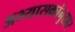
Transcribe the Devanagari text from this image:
अभ्यासकांनुसार